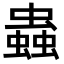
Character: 蟲